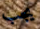
يجب